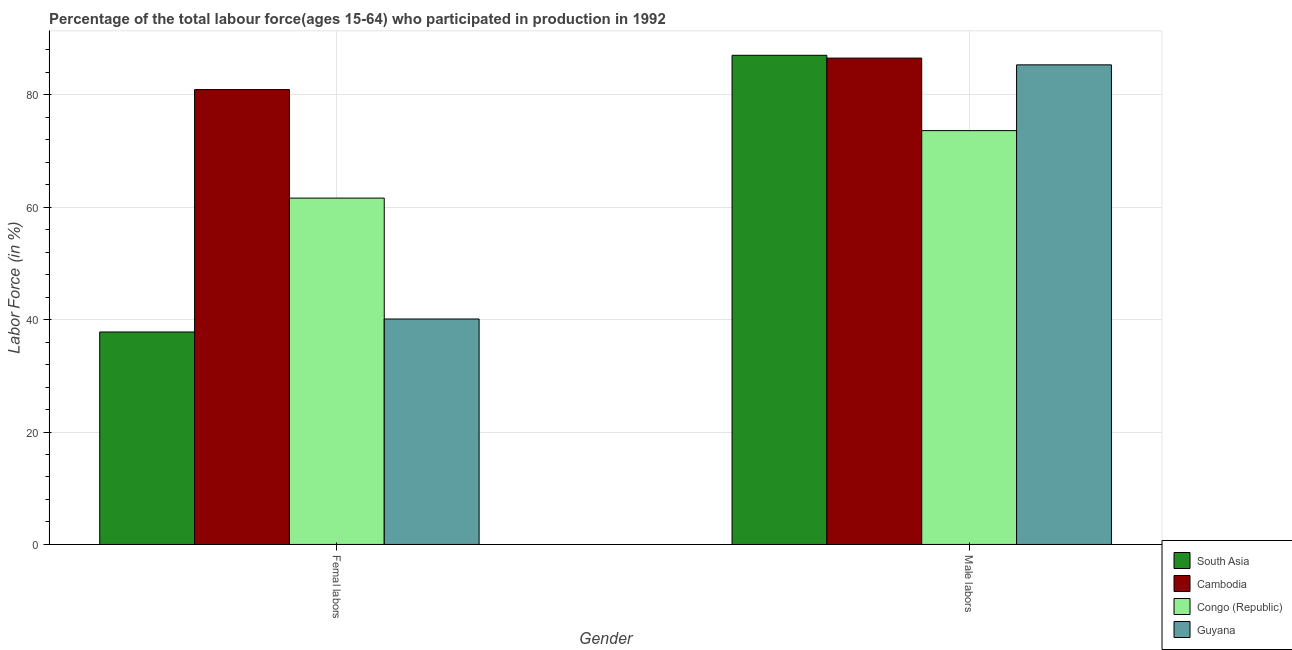
| Gender | South Asia | Cambodia | Congo (Republic) | Guyana |
 | --- | --- | --- | --- | --- |
 | Femal labors | 37.8 | 80.9 | 61.6 | 40.1 |
 | Male labors | 87 | 86.5 | 73.6 | 85.3 |